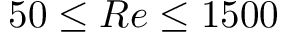
5 0 \leq R e \leq 1 5 0 0